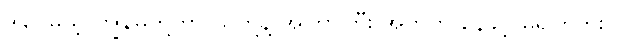
ဒါပေမယ့် ကျွန်မတို့ဟာ သူတို့နဲ့ အကြာကြီး အတူတူ နေခွင့် မရှိကြဘူး။